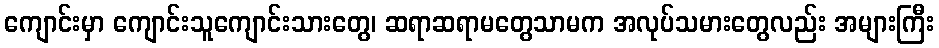
ကျောင်းမှာ ကျောင်းသူကျောင်းသားတွေ၊ ဆရာဆရာမတွေသာမက အလုပ်သမားတွေလည်း အများကြီး